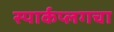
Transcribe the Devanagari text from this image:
स्पार्कप्लगचा